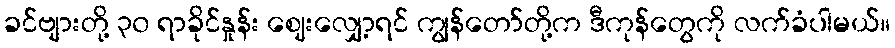
ခင်ဗျားတို့ ၃၀ ရာခိုင်နှုန်း ဈေးလျှော့ရင် ကျွန်တော်တို့က ဒီကုန်တွေကို လက်ခံပါမယ်။